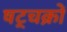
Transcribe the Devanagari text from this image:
षट्चक्रों